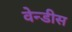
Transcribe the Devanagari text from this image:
वेन्डीस